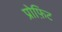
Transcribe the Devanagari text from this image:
प्रोफ़िट